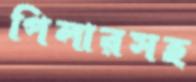
পিলারসহ